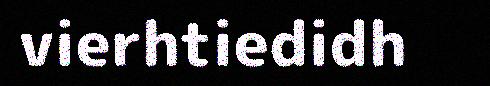
vierhtiedidh